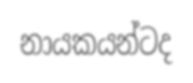
නායකයන්ටද